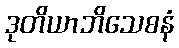
ဒုတိယာဘိသေစနံ